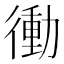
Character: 𭜀